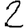
Digit: 2